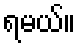
ရမယ်။